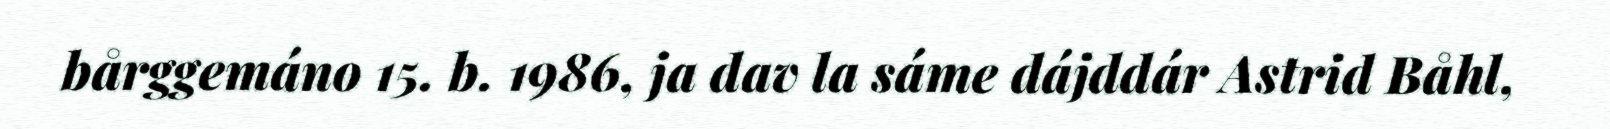
bårggemáno 15. b. 1986, ja dav la sáme dájddár Astrid Båhl,